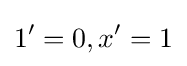
1'=0,x'=1